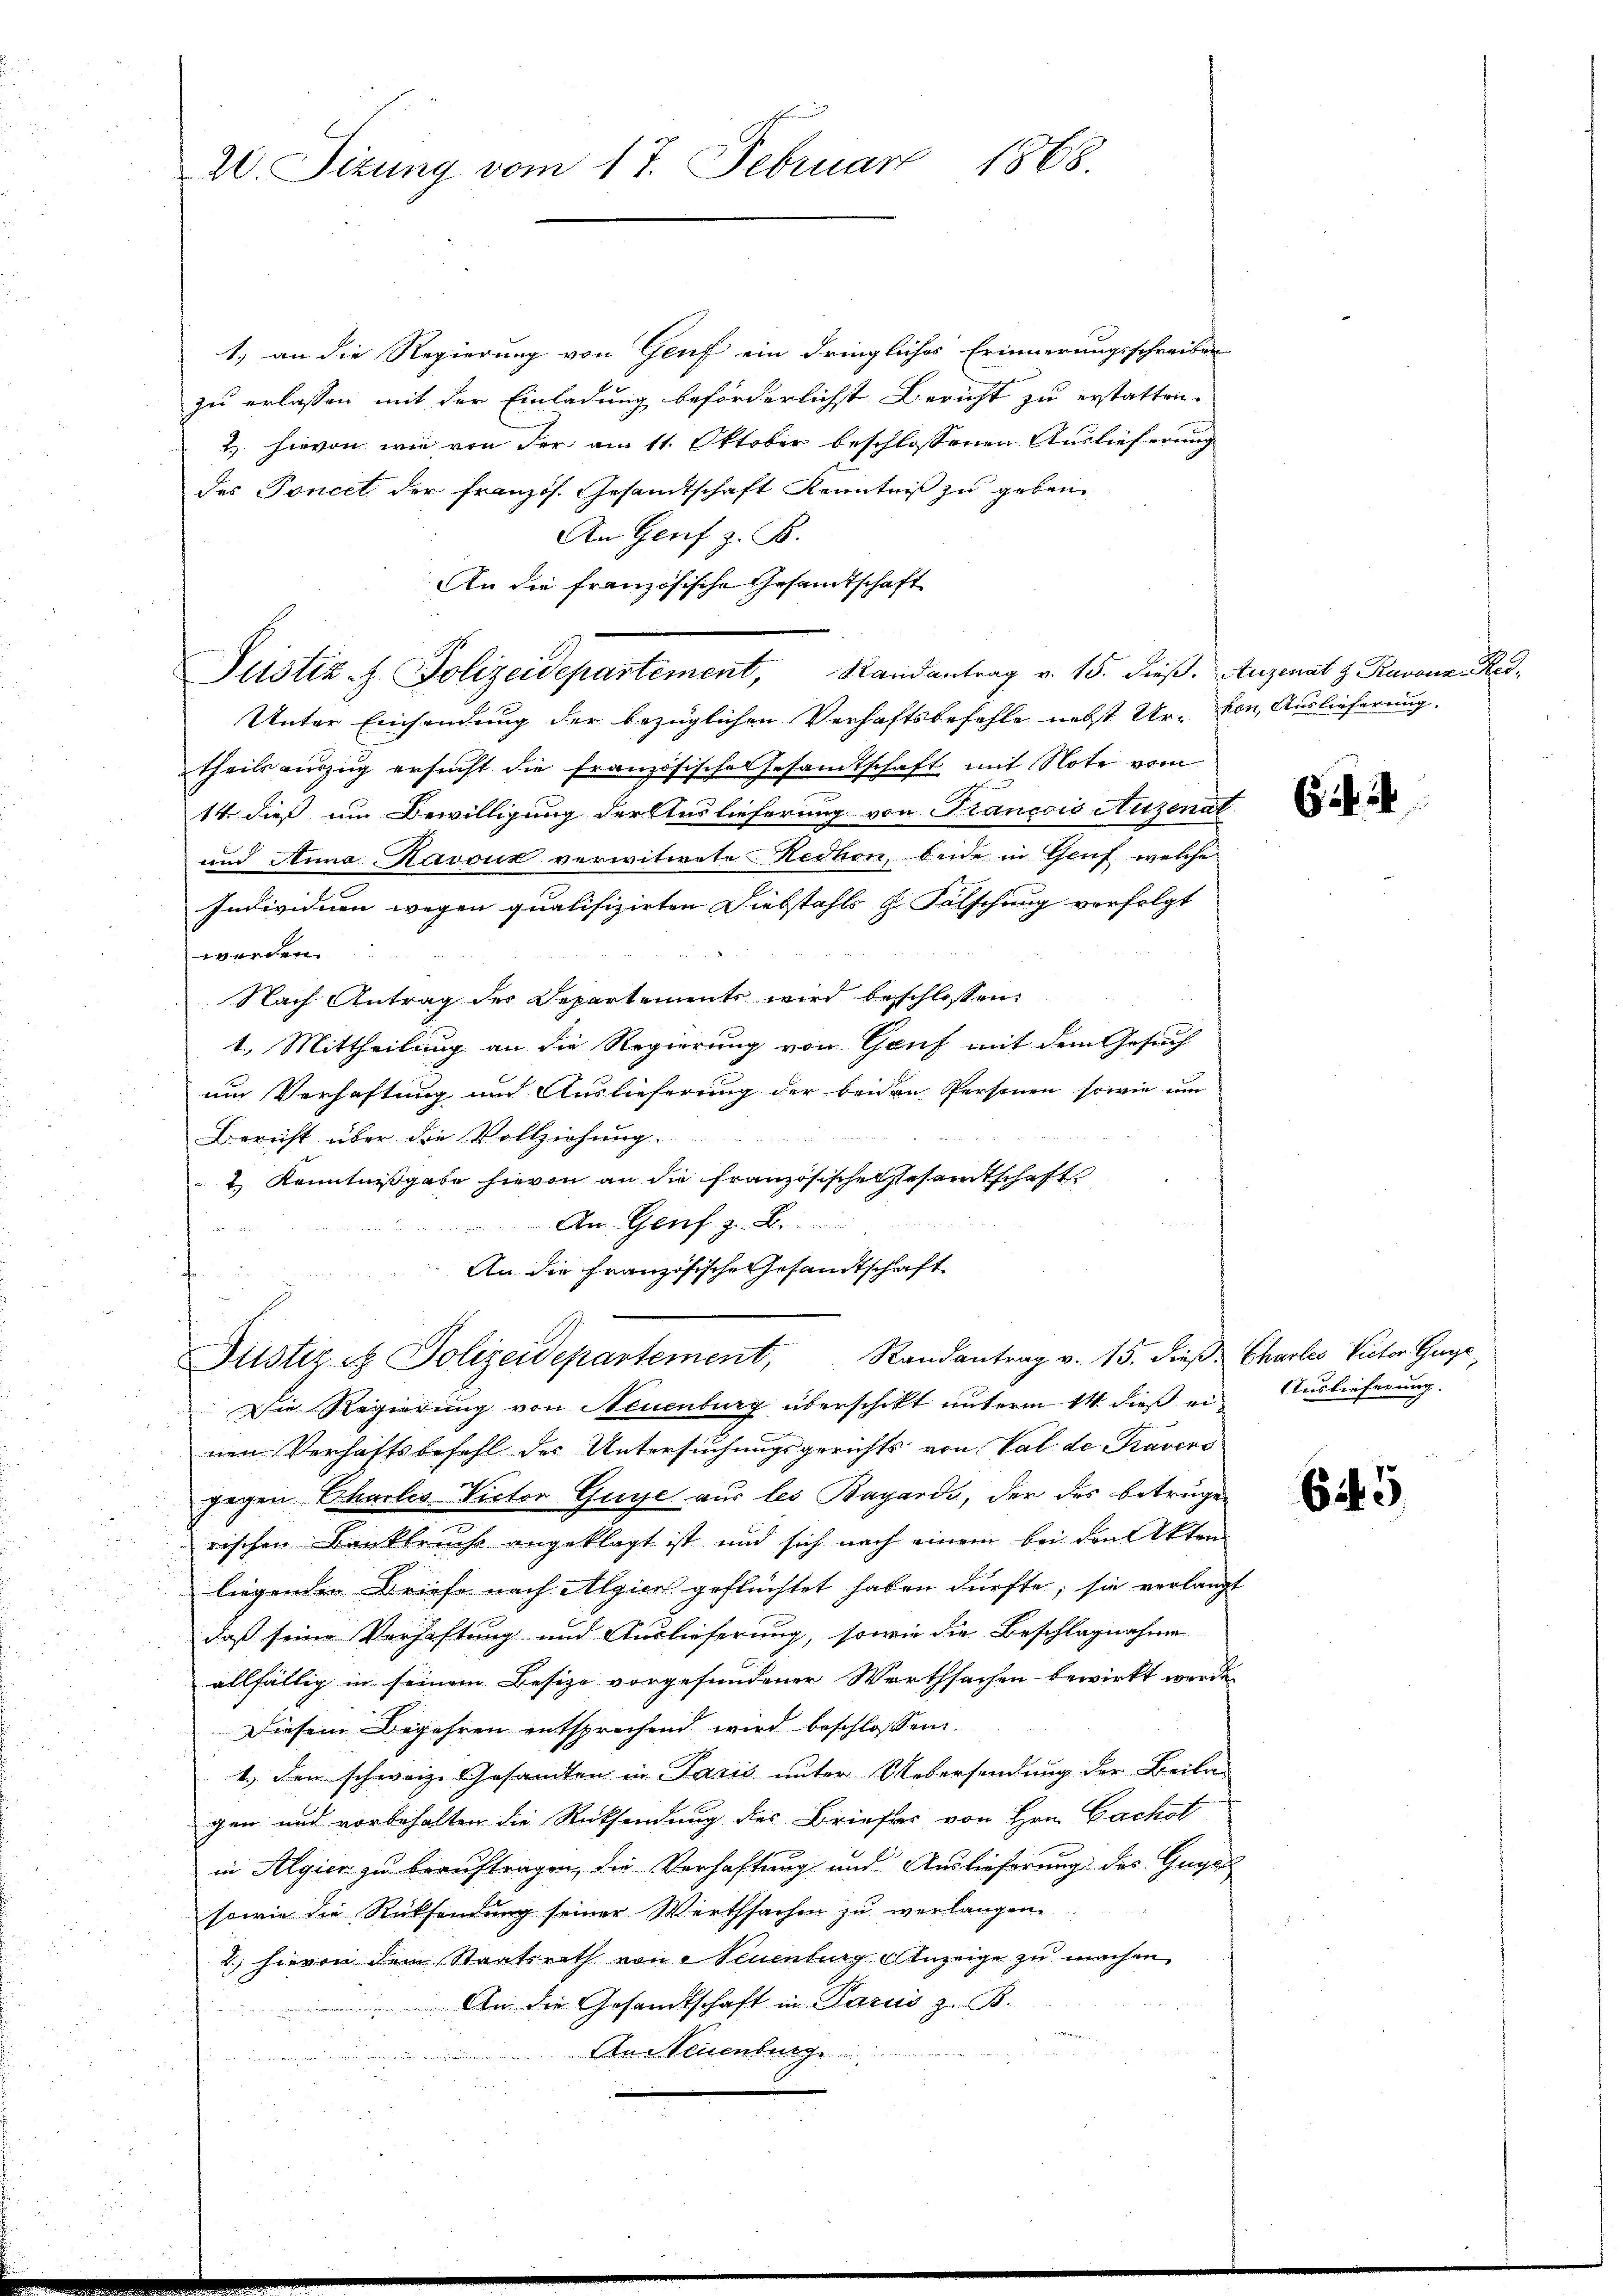
20. Sizung vom 17. Februar 1868.

1) an die Regierung von Genf ein dringliches Erinnerungsschreiben
zu erlassen mit der Einladung beförderlichst Bericht zu erstatten.
2.) hievon wie von der am 11. Oktober beschlossenen Auslieferung
des Toncet der französ. Gesamtschaft Kenntniß zu geben
An Genf z. B.
An die französische Gesandtschaft
Justiz & Polizeidepartement, Randantrag v. 15. dieβ. Augenat z. Ravon Res¬
Unter Einsendung der bezüglichen Verhaftsbefehle nebst Ur- von Auslieferung.
theils auszug ersucht die französische Gesamtschaft mit Note vom
14. dieß um Bewilligung der Auslieferung von Francois Augenat
und Anna Kavoux verwitwete Redhon, beide in Genf, welche
Individuen wegen qualifizirten Diebstahls H. Fälschung verfolgt
werden.
Nach Antrag des Departements wird beschlossen:
1. Mittheilung an die Regierung von Genf mit dem Gesuch
um Verhaftung und Auslieferung der beiden Personen sowie um
Bericht über die Vollziehung.
t Kenntnißgabe hievon an die Französische Gesamtschaft
An Genf z. B.

An die Französische Gesandtschaft
Justiz et Polizeidepartement, Randantrag v. 15. dieß. Charlis Victor Gr
Die Regierung von Neuenburg überschikt unterm 14. dieß ein Auslieferung.
nen Verhaftsbefehl der Untersuchungsgerichts von Val de Travers
gegen Charlis Victor Guge aus les Bayards, der des betrügen
rischen Bankbruche angeklagt ist und sich nach einem bei den Akten
liegenden Briefe nach Algien geflüchtet haben dürfte; sie verlangt
daß seine Verhaftung und Auslieferung, sowie die Beschlagnahme
allfällig in seinem Besize vorgefundener Werthsachen bewirkt werde.
Diesem Begehren entsprechend wird beschlossen
1.) den schweiz. Gesandten in Paris unter Uebersendung der Beila
gen und vorbehalten die Rücksendung des Briefes von Hrn. Bachot
in Algier zu beauftragen, die Verhaftung und Auslieferung des Gugel
sowie die Rücksendung seiner Werthsachen zu verlangen.
2. hievon dem Staatsrath von 2 Teuenburg Anzeige zu machen
An die Gesandtschaft in Parus z. B.
An Neuenburge

645